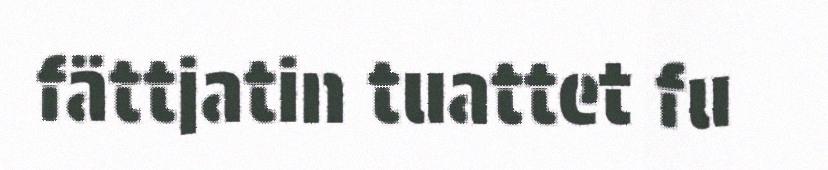
fättjatin tuattet fu